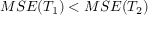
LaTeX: M S E ( T _ { 1 } ) < M S E ( T _ { 2 } )